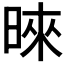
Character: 𪰪